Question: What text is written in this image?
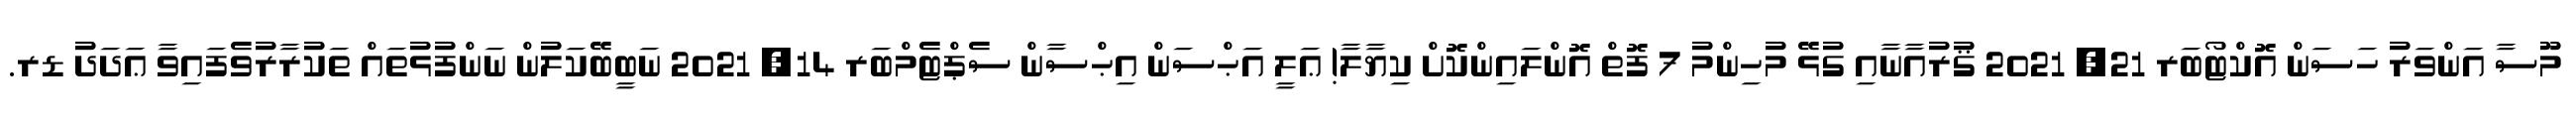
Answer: މޫސާ އަންވަރު ހަސަން އޮކްޓޯބަރ 21, 2021 ޤުރުއާނާއި ގުޅޭ މުހިންމު 7 ފޮތް އޮންލައިންކޮށް ކިޔާލާ! ޢަލީ އަޙްސަން އިޙްސާން ސެޕްޓެމްބަރ 14, 2021 ނަބީބޭކަލުން ނަންފުޅުތައް ތަކުރާރުވެފައިވާ ޢަދަދު ޑރ.